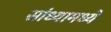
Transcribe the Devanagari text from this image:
सांध्यामध्ये